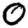
Digit: 0